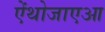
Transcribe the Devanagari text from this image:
ऐंथोजाएआ